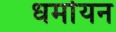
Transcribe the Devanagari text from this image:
धर्मायन